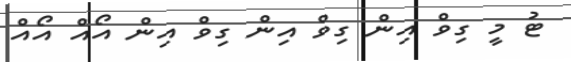
ޓު މީ ގިވް އިން ގިވް އިން ގިވް އިން އޯއް އޯއް